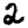
Digit: 2